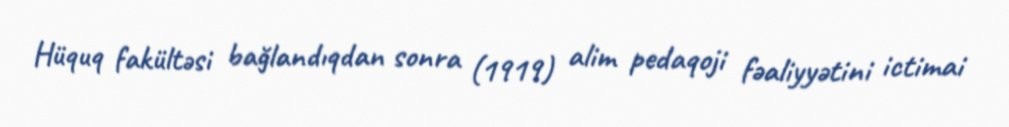
Hüquq fakültəsi bağlandıqdan sonra (1919) alim pedaqoji fəaliyyətini ictimai